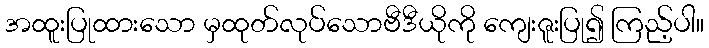
အထူးပြုထားသော မှထုတ်လုပ်သောဗီဒီယိုကို ကျေးဇူးပြု၍ ကြည့်ပါ။